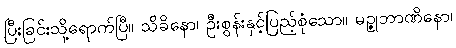
ပြီးခြင်းသို့ရောက်ပြီ။ သိခိနော၊ ဦးစွန်းနှင့်ပြည့်စုံသော။ မဉ္ဇုဘာဏိနော၊